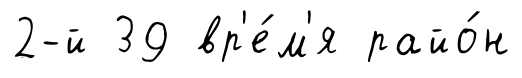
2-й 39 вр'е́м'я райо́н